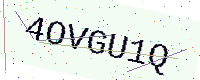
Text: 4OVGU1Q